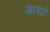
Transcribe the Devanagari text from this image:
आद्यां